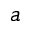
a